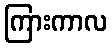
ကြားကာလ